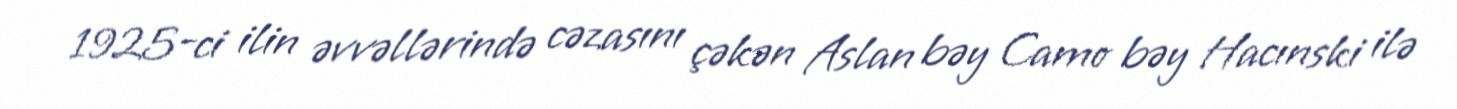
1925-ci ilin əvvəllərində cəzasını çəkən Aslan bəy Camo bəy Hacınski ilə